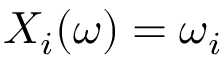
X _ { i } ( \omega ) = \omega _ { i }